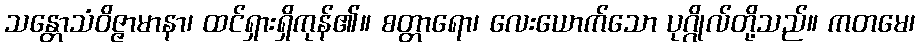
သန္တောသံဝိဇ္ဇာမာနာ၊ ထင်ရှားရှိကုန်၏။ စတ္တာရော၊ လေးယောက်သော ပုဂ္ဂိုလ်တို့သည်။ ကတမေ၊